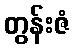
တွန်းဇံ